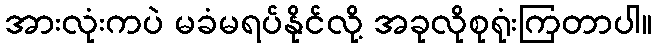
အားလုံးကပဲ မခံမရပ်နိုင်လို့ အခုလိုစုရုံးကြတာပါ။